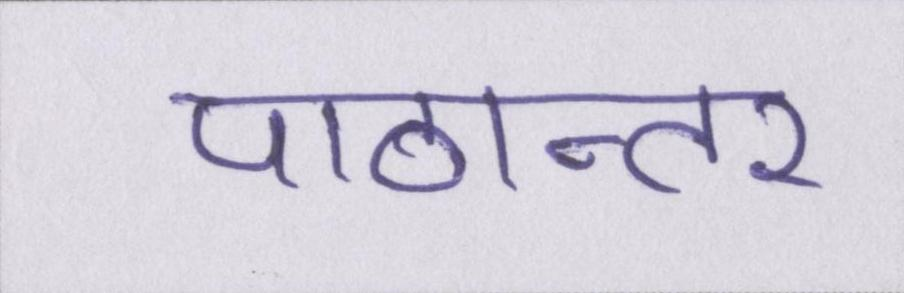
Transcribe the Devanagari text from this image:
पाठान्तर